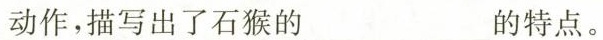
动作，描写出了石猴的_的特点。